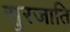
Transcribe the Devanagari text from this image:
सुरजाति